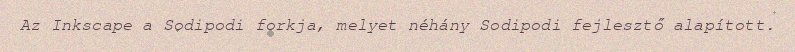
Az Inkscape a Sodipodi forkja, melyet néhány Sodipodi fejlesztő alapított.